Vaccination North-Western Provinces 1866-1877 - 1866-1877
Year: 1866
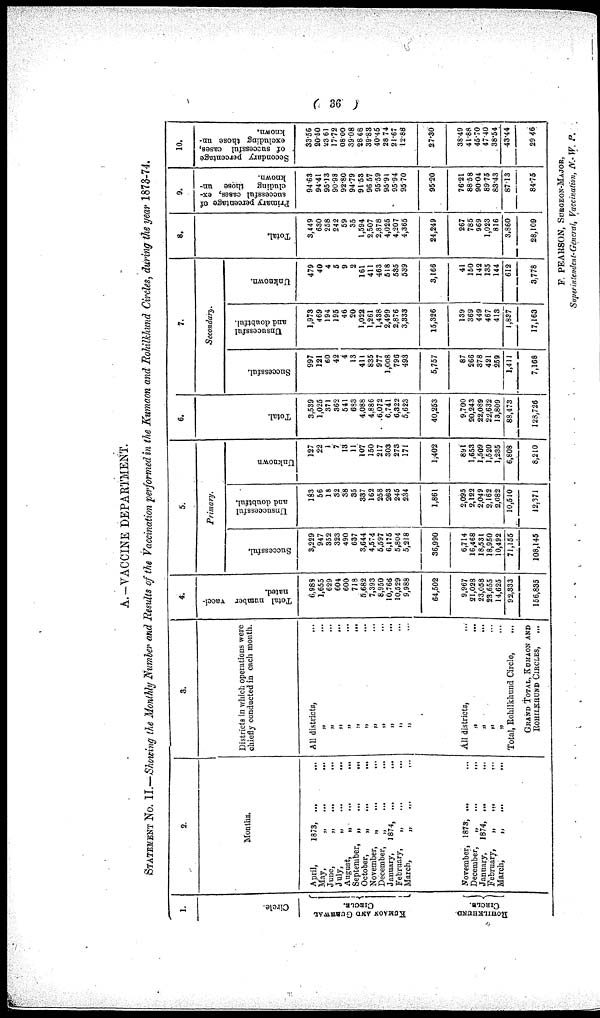
( 36 )
A.—VACCINE DEPARTMENT.
STATEMENT NO. II.—Showing the Monthly Number and Results of the Vaccination performed in the Kumaon and Rohilkhund Circles, during the year 1873-74.
1.
Circle.
KUMAON AND GUBHWAL
CIRCLE.
ROHILHKUND
CIRCLE.
2.
Months.
April,
1873, ... ...
May,
„ ... ...
June,
„
...
...
July, „ ... ...
August, „ ... ...
September,
„
...
...
October,
„
...
...
November,
„
...
...
December,
„
...
...
January,
1874, ... ...
February, „ ... ...
March,
„
...
...
November, 1873, ... ...
December,
„
...
...
January,
1874, ... ...
February,
„
...
...
March,
„
...
...
3.
Districts in which operations were
chiefly conducted in each month.
All districts, ...
„
...
„ ... „ ...
„ ...
„ ...
„ ...
„ ...
„
...
„ ...
„ ...
„ ...
All districts,
„ ...
„ ...
„ ...
„
...
Total, Rohilkhund Circle,
GRAND TOTAL, KUMAON AND
ROHILKHUND CIRCLES,
...
4.
Total number vacci-
nated.
6,988
1,655
629
604
600
718
5,682
7,393
8,950
10,766
10,529
9,988
64,502
9,967
21,028
23,058
23,655
14,625
92,333
156,835
5.
Primary.
Successful.
3,229
947
352
323
490
637
3,644
4,574
5,597
6,175
5,804
5,218
36,990
6,714
16,468
18,531
18,950
10,492
71,155
108,145
Unsuccessful
and doubtful.
183
56
18
32
38
35
337
162
258
263
245
234
1,861
2,095
2,122
2,049
2,162
2,082
10,510
12,371
Unknown
127
22
1
7
13
11
107
150
217
303
273
171
1,402
891
1,653
1,509
1,520
1,235
6,808
8,210
6.
Total.
3,539
1,025
371
362
541
683
4,088
4,886
6,072
6,741
6,322
5,623
40,253
9,700
20,243
22,089
22,632
13,809
88,473
128,726
7.
Secondary.
Successful.
997
121
60
42
4
13
411
835
977
1,008
796
493
5,757
87
266
378
421
259
1,411
7,168
Unsucessful
and doubtful.
1,973
469
194
195
46
20
1,022
1,261
1,438
2,499
2,876
3,333
15,326
139
369
449
467
413
1,837
17,163
Unknown
479
40
4
5
9
2
161
411
463
518
535
539
3,166
41
150
142
135
144
612
3,778
8.
Total.
3,449
630
258
242
59
35
1,594
2,507
2,878
4,025
4,207
4,365
24,249
267
785
969
1,023
816
3,860
28,109
9.
Primary percentage of
successful cases, ex-
cluding those un-
known.
94.63
94.41
95.13
90.98
92.80
94.79
91.53
96.57
95.59
95.91
95.94
95.70
95.20
76.21
88.58
90.04
89.75
83.43
87.13
84.75
10.
Secondary percentage
of successful cases,
excluding those un-
known.
33.56
20.50
23.61
17.72
08.00
39.08
28.68
39.83
40.45
28.74
21.67
12.88
27.30
38.49
41.88
45.70
47.40
38.54
43.44
29.46
F. PEARSON, SURGEON-MAJOR,
Superintendent-General, Vaccination, N.-W. P.